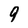
Character: 9